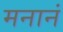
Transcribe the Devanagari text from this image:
मनानं